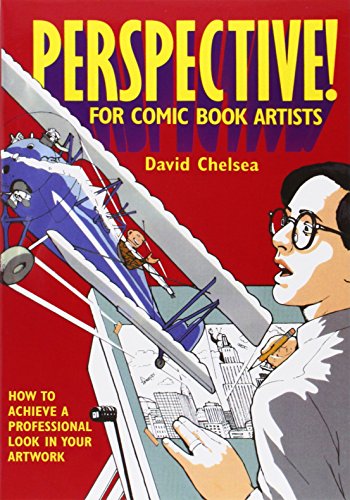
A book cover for Perspective! for Comic Book Artists: How to Achieve a Professional Look in your Artwork; David Chelsea; Comics & Graphic Novels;